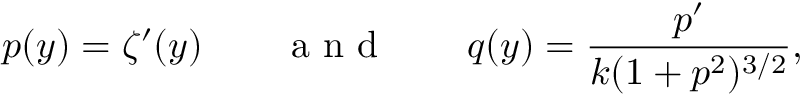
p ( y ) = \zeta ^ { \prime } ( y ) \qquad \mathrm { ~ a ~ n ~ d ~ } \qquad q ( y ) = \frac { p ^ { \prime } } { k ( 1 + p ^ { 2 } ) ^ { 3 / 2 } } ,